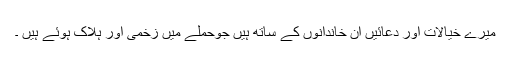
میرے خیالات اور دعائیں ان خاندانوں کے ساتھ ہیں جوحملے میں زخمی اور ہلاک ہوئے ہیں ۔